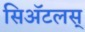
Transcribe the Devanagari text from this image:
सिॲटलस्